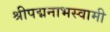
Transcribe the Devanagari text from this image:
श्रीपद्मनाभस्वामी